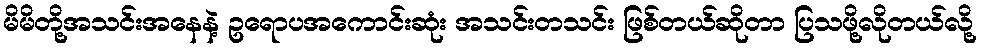
မိမိတို့အသင်းအနေနဲ့ ဥရောပအကောင်းဆုံး အသင်းတသင်း ဖြစ်တယ်ဆိုတာ ပြသဖို့လိုတယ်လို့